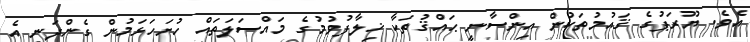
އެވެ. ޔޫރަޕުގެ ޤައުމުތަކުން އިންސާނީ ޙައްޤުތަކާ ޚިލާފުވުމުގެ މައްސަލަތައް ހުށަހަޅަމުން ގެންދަނީ އެ